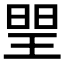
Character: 𤦉